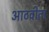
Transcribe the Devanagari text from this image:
आठवीता